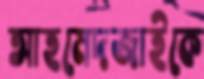
আহমেদজাইকে